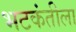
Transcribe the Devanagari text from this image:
भटकंतीला